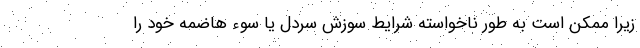
زیرا ممکن است به طور ناخواسته شرایط سوزش سردل یا سوء هاضمه خود را